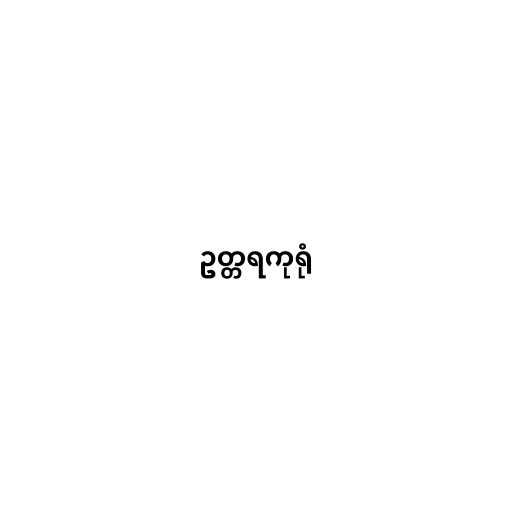
ဥတ္တရကုရုံ